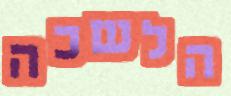
הלשכה